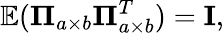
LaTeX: \mathbb{E}(\mathbf{\Pi}_{a\times b}\mathbf{\Pi}_{a\times b}^{T})=\mathbf{I},